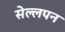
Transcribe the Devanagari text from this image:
सेल्लपन